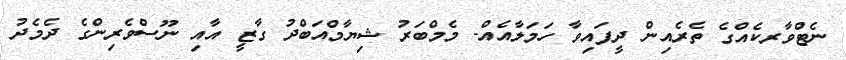
ނެޓްވާރކެއްގެ ތެރެއިން ދީފައިވާ ހަމަލާއެއް- މެމްބަރު ޝިޔާމްއަބްދު ގާޒީ އާއި ނޫސްވެރިންގެ ދެމެދު